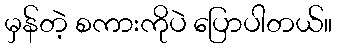
မှန်တဲ့ စကားကိုပဲ ပြောပါတယ်။